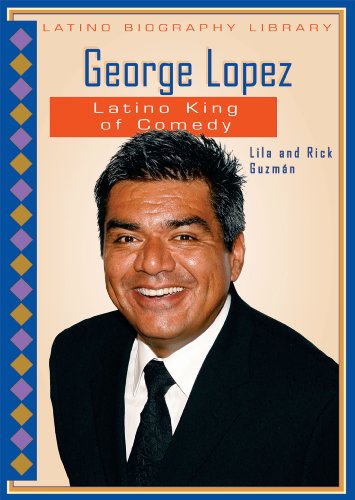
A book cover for George Lopez: Latino King of Comedy (Latino Biography Library); Lila Guzman; Teen & Young Adult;